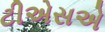
ટીએસએ